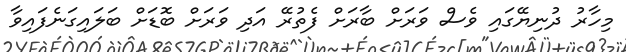
މިހާރު ދުނިޔޭގައި ވެސް ވަރަށް ބާރަށް ފެތުރޭ އަދި ވަރަށް ބޮޑަށް ބަލައިގަނެފައިވާ